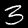
Label: 3